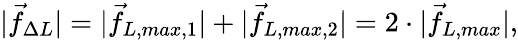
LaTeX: |\vec{f}_{\Delta L}|=|\vec{f}_{L,max,1}|+|\vec{f}_{L,max,2}|=2\cdot|\vec{f}_{L,max}|,